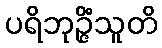
ပရိဘုဉ္ဇိံသူတိ